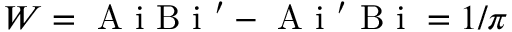
W = \mathrm { ~ A ~ i ~ B ~ i ~ } ^ { \prime } - \mathrm { ~ A ~ i ~ } ^ { \prime } \mathrm { ~ B ~ i ~ } = 1 / \pi